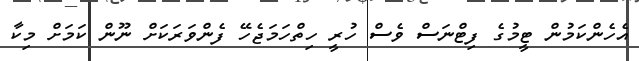
އެހެންކަމުން ޓީމުގެ ފިޓްނަސް ވެސް ހުރީ ހިތްހަަމަޖެހޭ ފެންވަރަކަށް ނޫން ކަމަށް މިކާ